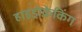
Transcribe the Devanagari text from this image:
हाइड्रोक्रेकिंग